Leningradi_Edasi_toimetus, lk 20
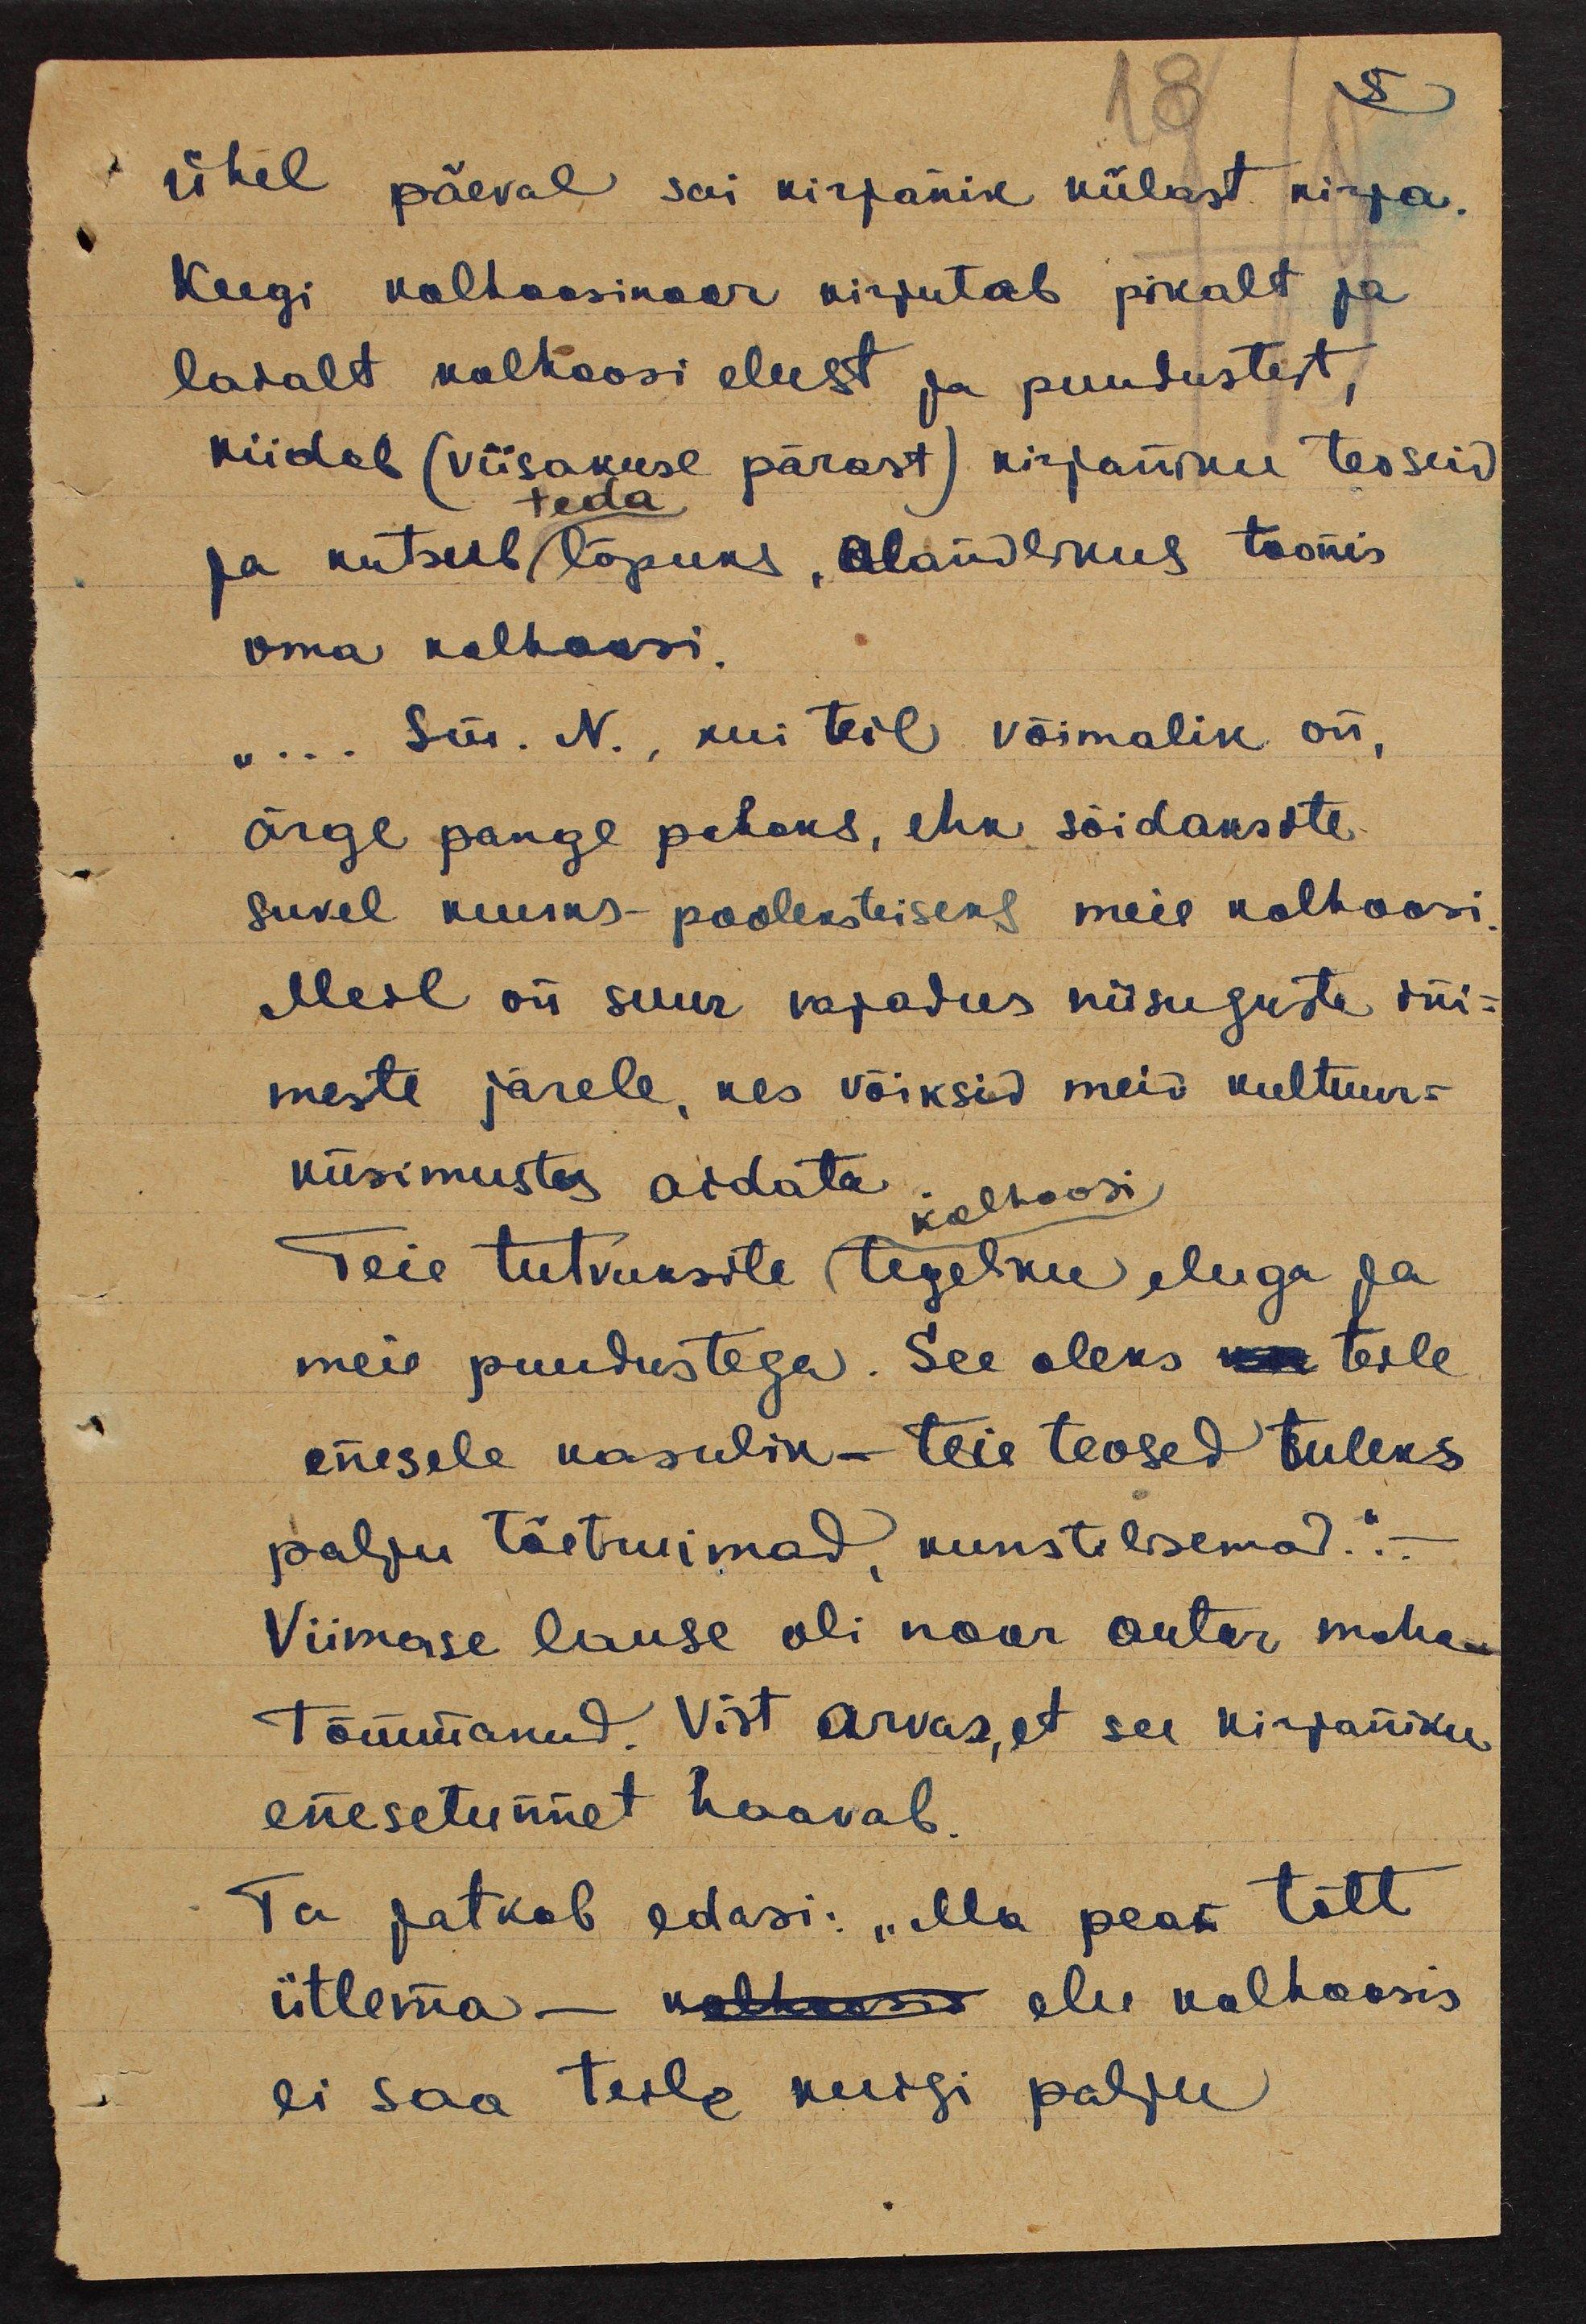
Ühel päeval sai kirjanik külast kirja.
Keegi kolhoosinoor kirjutab pikalt ja
laialt kolhoosi elust ja puudustest,
kiidab (viisakuse pärast) kirjaniku teoseid
teda
ja kutsub lõpuks, alandlikus toonis
oma kolhoosi.
"... Sm. N., kui teil võimalik on,
ärge pange pahaks, ehk sõidaksite
suvel kuuks-pooleksteiseks meie kolhoosi
Meil on suur vajadus niisuguste ini-
meste järele, kes võiksid meid kultuur-
küsimustes aidata
kolhoosi
Teie tutvuksite tegelku eluga ja
meie puudustega. See oleks ka teile
enesele kasulik - teie teosed tuleks
palju tõetruimad, kunstilisemad..."-
Viimase lause oli noor autor maha-
tõmmanud. Vist arvas, et see kirjaniku
enesetunnet haavab.
Ta jatkab edasi: "Ma pean tõtt
ütlema - kolhoosis elu kolhoosis
ei saa teile kuigi palju